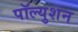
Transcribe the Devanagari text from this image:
पॉल्युशन